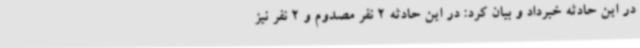
در این حادثه خبرداد و بیان کرد: در این حادثه 2 نفر مصدوم و 2 نفر نیز